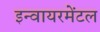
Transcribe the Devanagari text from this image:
इन्वायरमेंटल